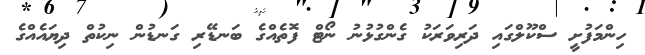
ހިންމަފުށީ ސްކޫލްގައި ދަރިވަރަކު ގެންގުޅުނު ނޯޓް ފޮތެއްގެ ބަނޑޭރި ގަނޑުން ނިކުތް ދިޔައެއްގެ